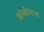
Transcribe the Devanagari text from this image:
ओब्सेर्वशन्स